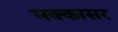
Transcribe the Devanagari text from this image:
मक्कासर